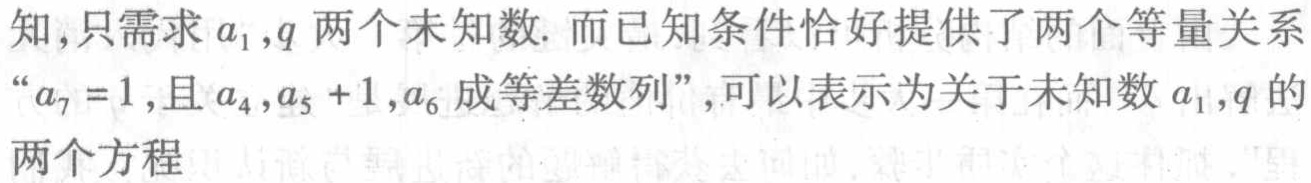
知,只需求\(a_{1},q\)两个未知数. 而已知条件恰好提供了两个等量关系“\(a_{7}=1\),且\(a_{4},a_{5}+1,a_{6}\)成等差数列”,可以表示为关于未知数\(a_{1},q\)的两个方程